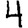
Digit: 4